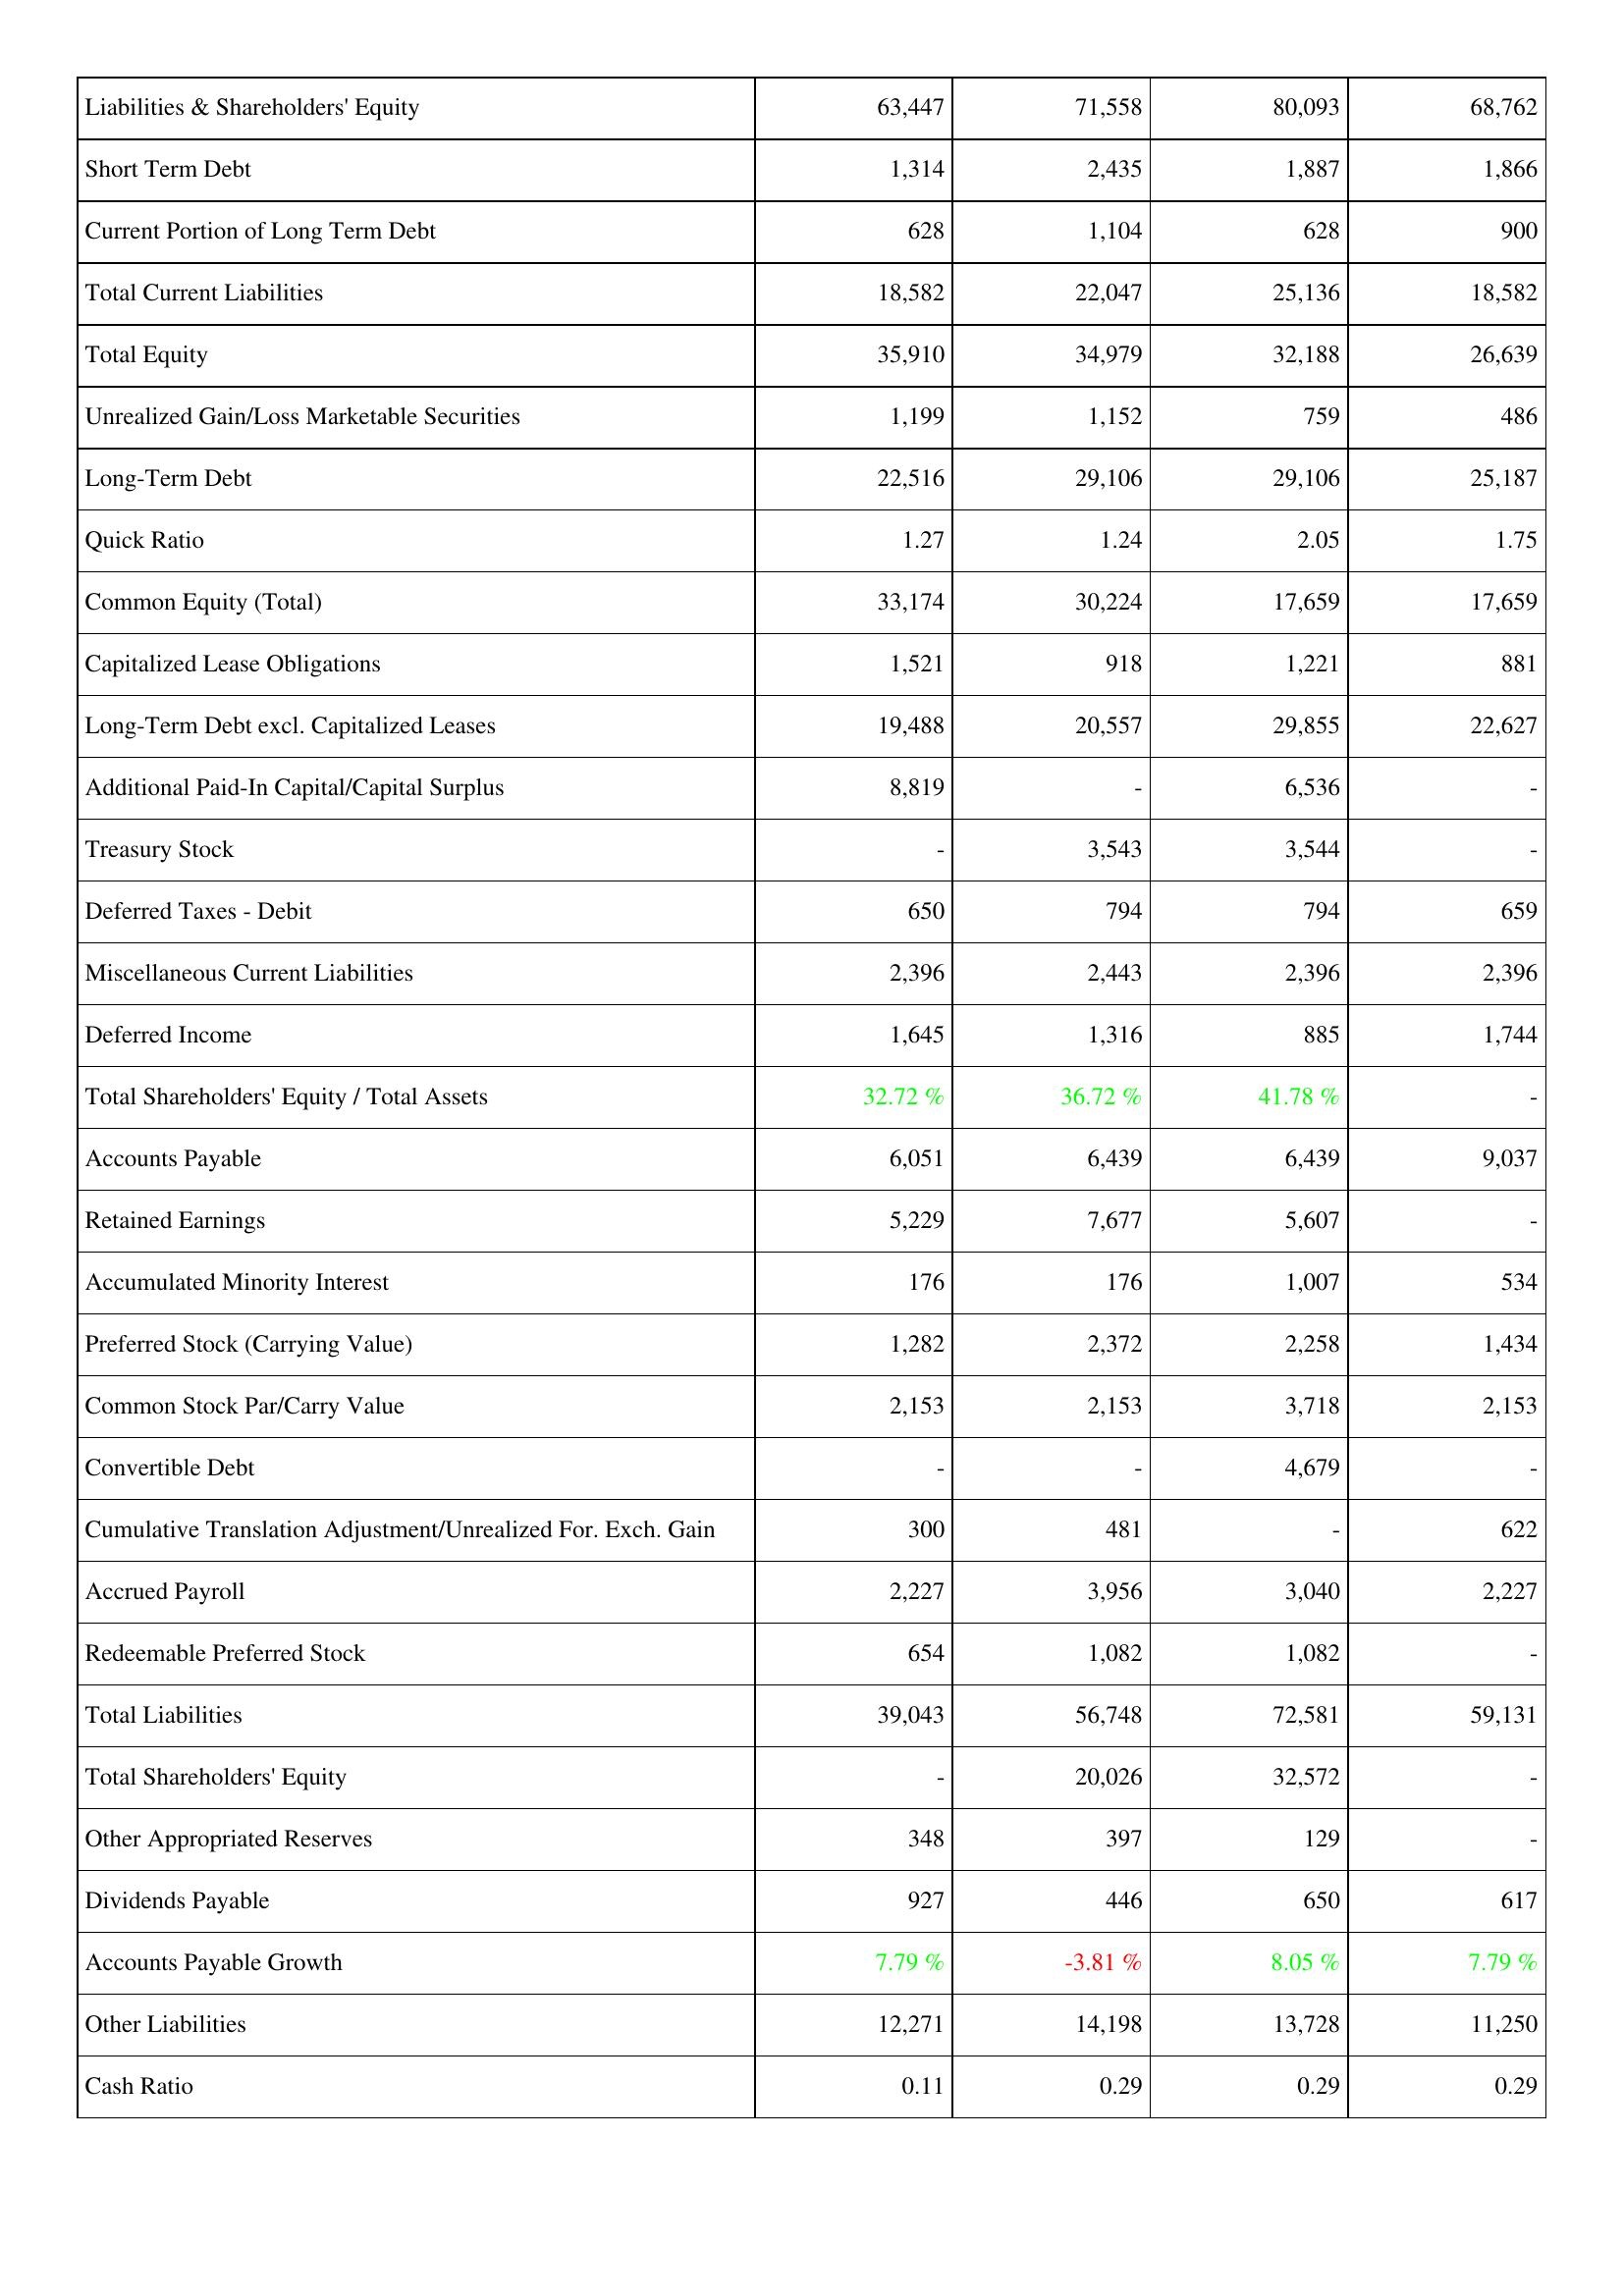
2016: Liabilities & Shareholders' Equity: Liabilities & Shareholders' Equity: 63,447
Short Term Debt: 1,314
Current Portion of Long Term Debt: 628
Total Current Liabilities: 18,582
Total Equity: 35,910
Unrealized Gain/Loss Marketable Securities: 1,199
Long-Term Debt: 22,516
Quick Ratio: 1.27
Common Equity (Total): 33,174
Capitalized Lease Obligations: 1,521
Long-Term Debt excl. Capitalized Leases: 19,488
Additional Paid-In Capital/Capital Surplus: 8,819
Treasury Stock: -
Deferred Taxes - Debit: 650
Miscellaneous Current Liabilities: 2,396
Deferred Income: 1,645
Total Shareholders' Equity / Total Assets: 32.72 %
Accounts Payable: 6,051
Retained Earnings: 5,229
Accumulated Minority Interest: 176
Preferred Stock (Carrying Value): 1,282
Common Stock Par/Carry Value: 2,153
Convertible Debt: -
Cumulative Translation Adjustment/Unrealized For. Exch. Gain: 300
Accrued Payroll: 2,227
Redeemable Preferred Stock: 654
Total Liabilities: 39,043
Total Shareholders' Equity: -
Other Appropriated Reserves: 348
Dividends Payable: 927
Accounts Payable Growth: 7.79 %
Other Liabilities: 12,271
Cash Ratio: 0.11
2017: Liabilities & Shareholders' Equity: Liabilities & Shareholders' Equity: 71,558
Short Term Debt: 2,435
Current Portion of Long Term Debt: 1,104
Total Current Liabilities: 22,047
Total Equity: 34,979
Unrealized Gain/Loss Marketable Securities: 1,152
Long-Term Debt: 29,106
Quick Ratio: 1.24
Common Equity (Total): 30,224
Capitalized Lease Obligations: 918
Long-Term Debt excl. Capitalized Leases: 20,557
Additional Paid-In Capital/Capital Surplus: -
Treasury Stock: 3,543
Deferred Taxes - Debit: 794
Miscellaneous Current Liabilities: 2,443
Deferred Income: 1,316
Total Shareholders' Equity / Total Assets: 36.72 %
Accounts Payable: 6,439
Retained Earnings: 7,677
Accumulated Minority Interest: 176
Preferred Stock (Carrying Value): 2,372
Common Stock Par/Carry Value: 2,153
Convertible Debt: -
Cumulative Translation Adjustment/Unrealized For. Exch. Gain: 481
Accrued Payroll: 3,956
Redeemable Preferred Stock: 1,082
Total Liabilities: 56,748
Total Shareholders' Equity: 20,026
Other Appropriated Reserves: 397
Dividends Payable: 446
Accounts Payable Growth: -3.81 %
Other Liabilities: 14,198
Cash Ratio: 0.29
2018: Liabilities & Shareholders' Equity: Liabilities & Shareholders' Equity: 80,093
Short Term Debt: 1,887
Current Portion of Long Term Debt: 628
Total Current Liabilities: 25,136
Total Equity: 32,188
Unrealized Gain/Loss Marketable Securities: 759
Long-Term Debt: 29,106
Quick Ratio: 2.05
Common Equity (Total): 17,659
Capitalized Lease Obligations: 1,221
Long-Term Debt excl. Capitalized Leases: 29,855
Additional Paid-In Capital/Capital Surplus: 6,536
Treasury Stock: 3,544
Deferred Taxes - Debit: 794
Miscellaneous Current Liabilities: 2,396
Deferred Income: 885
Total Shareholders' Equity / Total Assets: 41.78 %
Accounts Payable: 6,439
Retained Earnings: 5,607
Accumulated Minority Interest: 1,007
Preferred Stock (Carrying Value): 2,258
Common Stock Par/Carry Value: 3,718
Convertible Debt: 4,679
Cumulative Translation Adjustment/Unrealized For. Exch. Gain: -
Accrued Payroll: 3,040
Redeemable Preferred Stock: 1,082
Total Liabilities: 72,581
Total Shareholders' Equity: 32,572
Other Appropriated Reserves: 129
Dividends Payable: 650
Accounts Payable Growth: 8.05 %
Other Liabilities: 13,728
Cash Ratio: 0.29
2019: Liabilities & Shareholders' Equity: Liabilities & Shareholders' Equity: 68,762
Short Term Debt: 1,866
Current Portion of Long Term Debt: 900
Total Current Liabilities: 18,582
Total Equity: 26,639
Unrealized Gain/Loss Marketable Securities: 486
Long-Term Debt: 25,187
Quick Ratio: 1.75
Common Equity (Total): 17,659
Capitalized Lease Obligations: 881
Long-Term Debt excl. Capitalized Leases: 22,627
Additional Paid-In Capital/Capital Surplus: -
Treasury Stock: -
Deferred Taxes - Debit: 659
Miscellaneous Current Liabilities: 2,396
Deferred Income: 1,744
Total Shareholders' Equity / Total Assets: -
Accounts Payable: 9,037
Retained Earnings: -
Accumulated Minority Interest: 534
Preferred Stock (Carrying Value): 1,434
Common Stock Par/Carry Value: 2,153
Convertible Debt: -
Cumulative Translation Adjustment/Unrealized For. Exch. Gain: 622
Accrued Payroll: 2,227
Redeemable Preferred Stock: -
Total Liabilities: 59,131
Total Shareholders' Equity: -
Other Appropriated Reserves: -
Dividends Payable: 617
Accounts Payable Growth: 7.79 %
Other Liabilities: 11,250
Cash Ratio: 0.29